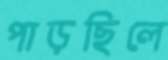
পাড়ছিলে